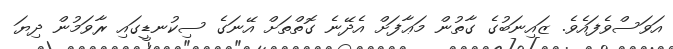
އަވަސްވެފައެވެ. ޒައިނަބުގެ ގާތުން މަޢާފަށް އެދޭނެ ގޮތްތަށް އޭނަގެ ސިކުނޑީގައި ރާވަމުން ދިޔަ